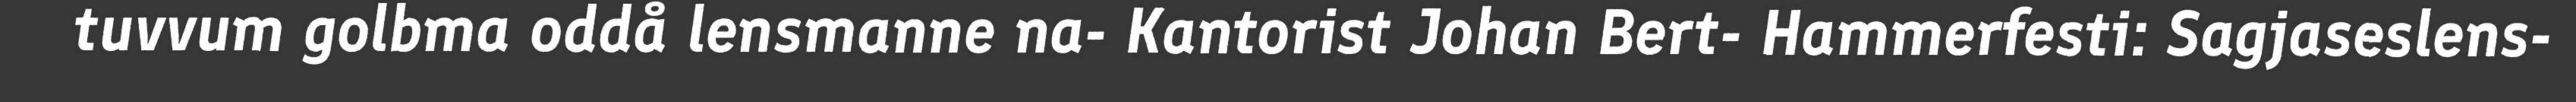
tuvvum golbma oddå lensmanne na- Kantorist Johan Bert- Hammerfesti: Sagjaseslens-